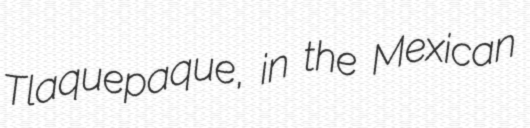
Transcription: Tlaquepaque, in the Mexican